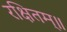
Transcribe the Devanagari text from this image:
रक्षितम्॥